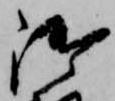
御